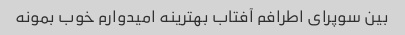
بین سوپرای اطرافم آفتاب بهترینه امیدوارم خوب بمونه